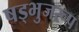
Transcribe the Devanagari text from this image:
षड्भुजरूप